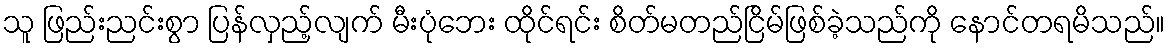
သူ ဖြည်းညင်းစွာ ပြန်လှည့်လျက် မီးပုံဘေး ထိုင်ရင်း စိတ်မတည်ငြိမ်ဖြစ်ခဲ့သည်ကို နောင်တရမိသည်။